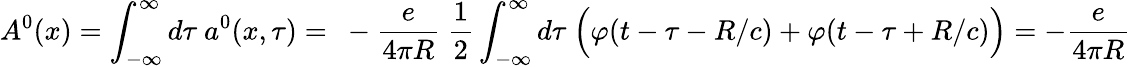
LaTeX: A^{0}(x)=\int_{-\infty}^{\infty}d\tau\ a^{0}(x,\tau)=\ -\frac{e}{4\pi R}\ \frac 12\int_{-\infty}^{\infty}d\tau\ \Bigl(\varphi(t-\tau-R/c)+\varphi(t-\tau+R/c)\Bigr)=-\frac{e}{4\pi R}